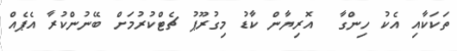
ތަކަކާއި އެކު ހިންގާ  އޮރިޔާން ކާޑު މިގުރޫޕު ޗެޓްކުރުމަށް ބޭނުންކުރާ އެޕެއް